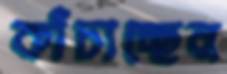
কাঁচাচ্ছেন